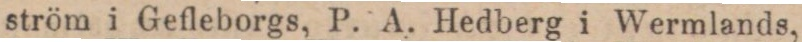
ström i Gefleborgs, P. A. Hedberg i Wermlands,